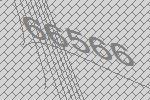
66566